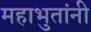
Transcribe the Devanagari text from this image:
महाभुतांनी